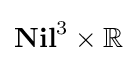
\mathbf {Nil} ^{3}\times \mathbb {R}